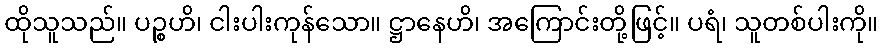
ထိုသူသည်။ ပဉ္စဟိ၊ ငါးပါးကုန်သော။ ဋ္ဌာနေဟိ၊ အကြောင်းတို့ဖြင့်။ ပရံ၊ သူတစ်ပါးကို။